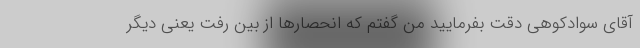
آقای سوادکوهی دقت بفرمایید من گفتم که انحصارها از بین رفت یعنی دیگر